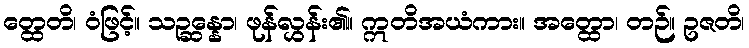
တ္ထေတိ၊ ဝံဖြင့်။ သဉ္ဆန္နော၊ ဖုန်လွှန်း၏။ ဣတိအယံကား။ အတ္ထော၊ တဉ်။ ဥဇတိ၊